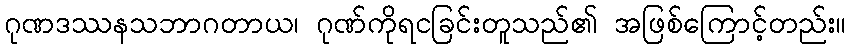
ဂုဏဒဿနသဘာဂတာယ၊ ဂုဏ်ကိုရငခြင်းတူသည်၏ အဖြစ်ကြောင့်တည်း။